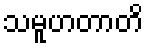
သမူဟတာတိ